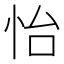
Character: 怡